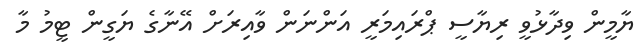
ޔާމީން ވިދާޅުވީ ރިޔާސީ ޕްރައިމަރީ އަންނަން ވާއިރަށް އޭނާގެ ޔަގީން ޓީމު މާ